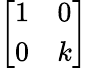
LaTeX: \left[\begin{array}{ll}{1}&{0}\\ {0}&{k}\end{array}\right]